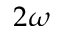
2 \omega